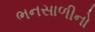
ભનસાળીનો